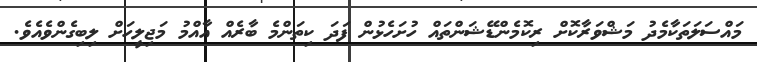
މައްސަލަތަކާމެދު މަޝްވަރާކޮށް ރިކޮމެންޑޭޝަންތައް ހުށަހެޅުން ފަދަ ކިތަންމެ ބާރެއް އާއްމު މަޖިލީހަށް ލިބިގެންވެއެވެ.